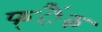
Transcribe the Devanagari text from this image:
फ्ैंक